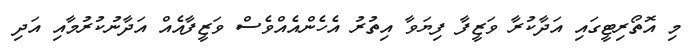
މި އޮތޯރިޓީގައި އަދާކުރާ ވަޒީފާ ފިޔަވާ އިތުރު އެހެންއެއްވެސް ވަޒީފާއެއް އަދާނުކުރުމާއި އަދި